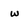
Character: w